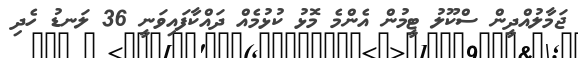
ޖަމާލުއްދީން ސްކޫލު ޓީމުން އެންމެ މޮޅު ކުޅުމެއް ދައްކާފައިވަނީ 36 ލަނޑު ހެދި